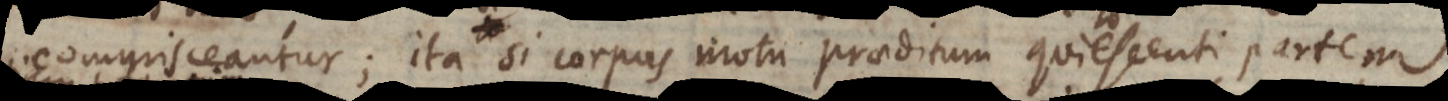
utique u. si corpus motu praeditum quiescenti partem